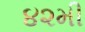
૪૨મી